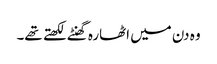
وہ دن میں اٹھارہ گھنٹے لکھتے تھے۔